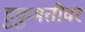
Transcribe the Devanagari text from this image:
हुकुमतीवर